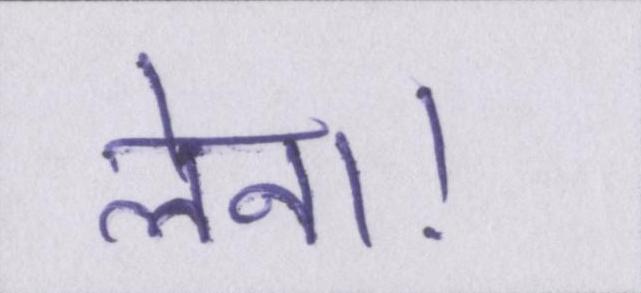
लेना।